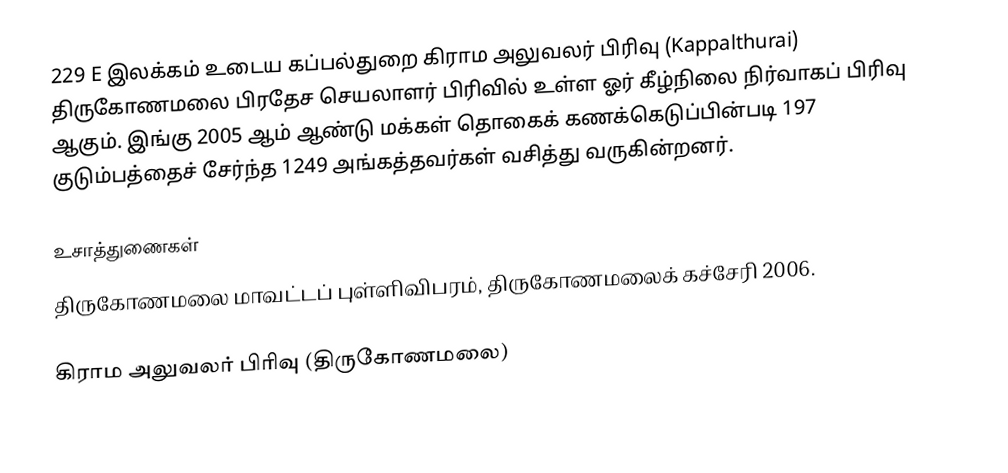
229 E இலக்கம்  உடைய கப்பல்துறை கிராம அலுவலர் பிரிவு  (Kappalthurai) திருகோணமலை பிரதேச செயலாளர் பிரிவில் உள்ள ஓர் கீழ்நிலை நிர்வாகப் பிரிவு ஆகும். இங்கு 2005 ஆம் ஆண்டு மக்கள் தொகைக் கணக்கெடுப்பின்படி 197 குடும்பத்தைச் சேர்ந்த 1249 அங்கத்தவர்கள் வசித்து வருகின்றனர்.

உசாத்துணைகள்
திருகோணமலை மாவட்டப் புள்ளிவிபரம், திருகோணமலைக் கச்சேரி 2006.

கிராம அலுவலர் பிரிவு (திருகோணமலை)